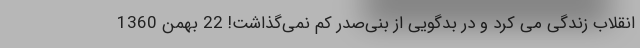
انقلاب زندگی می کرد و در بدگویی از بنی‌صدر کم نمی‌گذاشت! 22 بهمن 1360